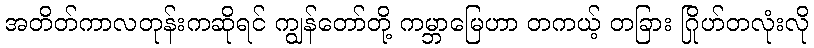
အတိတ်ကာလတုန်းကဆိုရင် ကျွန်တော်တို့ ကမ္ဘာမြေဟာ တကယ့် တခြား ဂြိုဟ်တလုံးလို